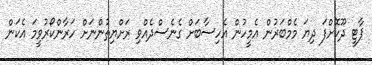
ޕާޓީ ދޫކޮށްފަ ދިޔަ މެމްބަރުން އެމީހުން އެހިސާބަށް ގެނެސްދެއްވި ރަށްޔިތުންނަށް ހަރާންކޯރުވީމަ އެކަން